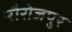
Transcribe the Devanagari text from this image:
नौरोजपुर